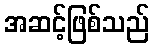
အဆင့်ဖြစ်သည်